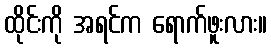
ထိုင်းကို အရင်က ရောက်ဖူးလား။